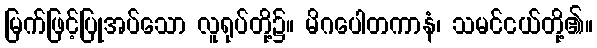
မြက်ဖြင့်ပြုအပ်သော လူရုပ်တို့၌။ မိဂပေါတကာနံ၊ သမင်ငယ်တို့၏။